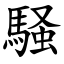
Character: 騒